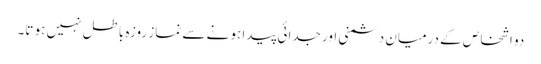
دو اشخاص کے درمیان دشمنی اور جدائی پیدا ہو نے سے نماز روزہ باطل نہیں ہو تا۔